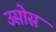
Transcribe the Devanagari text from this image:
उसोस